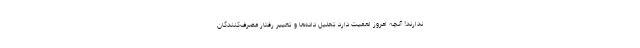
ندارند! آنچه امروز اهمیت دارد تحلیل داده‌ها و تغییر رفتار مصرف‌کنندگان